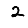
Digit: 2